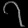
Digit: ၇